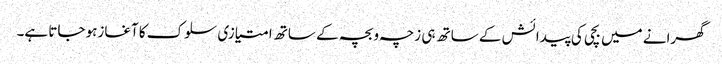
گھرانے میں بچی کی پیدائش کے ساتھ ہی زچہ و بچہ کے ساتھ امتیازی سلوک کا آغازہو جاتا ہے۔